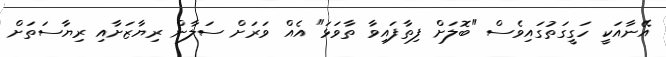
އޭނާއަކީ ހަގީގަތުގައިވެސް "ބޮލަށް ފިތާފައިވާ ތާވަޅަ" އެއް ވަރަށް ސަލާން ރިޔާޒަށާއި ރިޔާސަތަށް